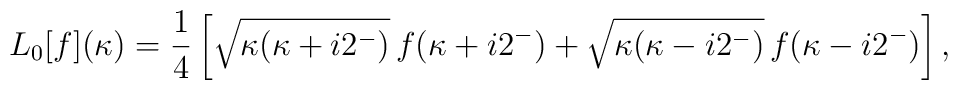
L_0[f](\kappa)=\frac{1}{4}\left[\sqrt{\kappa(\kappa+i2^-)}\,f(\kappa+i2^-)+\sqrt{\kappa(\kappa-i2^-)}\,f(\kappa-i2^-)\right],